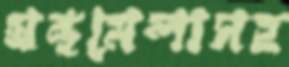
গ্রন্থমেলাসহ